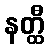
နတ္ထီ